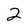
Character: 2